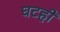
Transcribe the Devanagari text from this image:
घटही